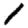
Digit: 1